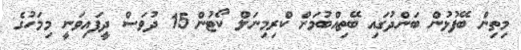
މިތިން ބޭފުޅުން ބަންދުގައި ބޭތިއްބުމަށް ކްރިމިނަލް ކޯޓުން 15 ދުވަސް ދީފައިވަނީ މިމަހުގެ